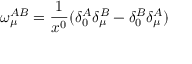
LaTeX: \omega _ { \mu } ^ { A B } = \frac { 1 } { x ^ { 0 } } ( \delta _ { 0 } ^ { A } \delta _ { \mu } ^ { B } - \delta _ { 0 } ^ { B } \delta _ { \mu } ^ { A } )